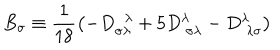
B _ { \sigma } \equiv \frac { 1 } { 1 8 } \left( - D _ { \sigma \lambda } ^ { ~ ~ \lambda } + 5 D _ { ~ \sigma \lambda } ^ { \lambda } - D _ { ~ \lambda \sigma } ^ { \lambda } \right)